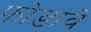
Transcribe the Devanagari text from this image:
फोडावे